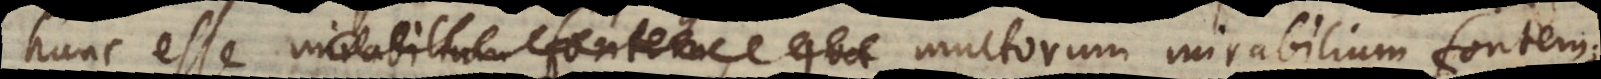
unc esse mirabilium fontem, qua multorum mirabilium fontem;